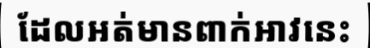
ដែលអត់មានពាក់អាវនេះ